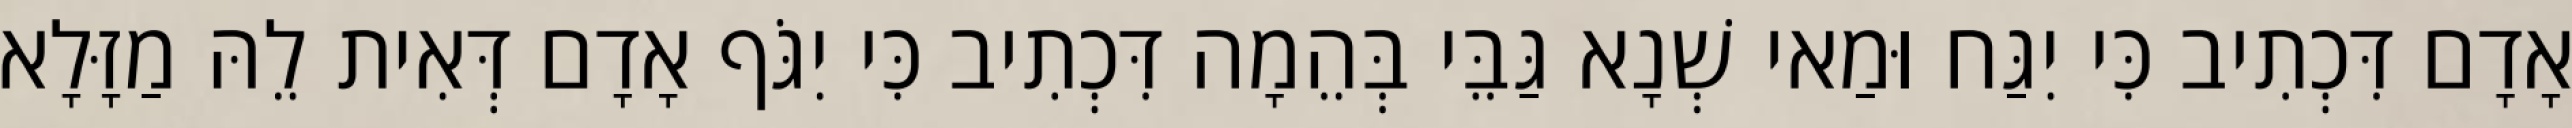
אָדָם דִּכְתִיב כִּי יִגַּח וּמַאי שְׁנָא גַּבֵּי בְּהֵמָה דִּכְתִיב כִּי יִגֹּף אָדָם דְּאִית לֵהּ מַזָּלָא